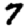
Digit: 7